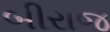
બીરાજ